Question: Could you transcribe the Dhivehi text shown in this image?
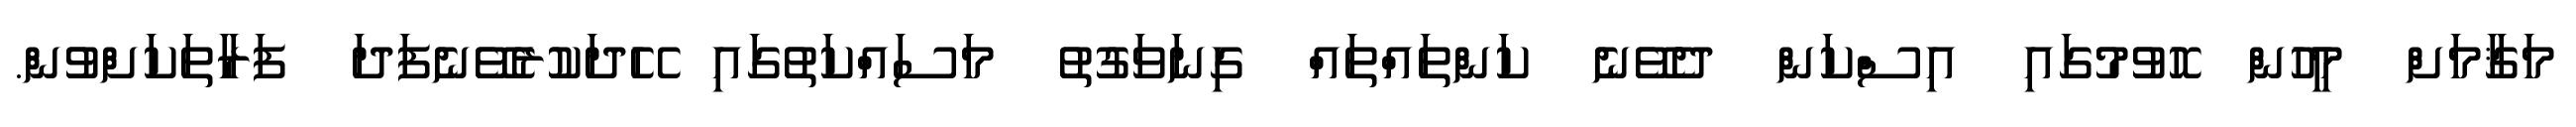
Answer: މަޤާމަށް މީހުން ހޮވުމުގައި އިސްކަން ދެވޭނެ ކަންތައްތައް ގިނަވަގުތު މަސައްކަތުގައި ހޭދަކުރެވޭނެފަދަ ފަރާތަކަށްވުން.